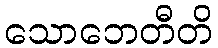
သောဘေတီတိ